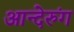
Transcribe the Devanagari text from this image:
आन्देरुंग